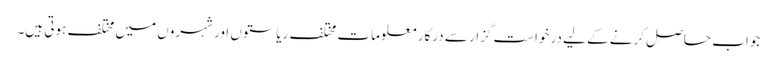
جواب حاصل کرنے کے لیے درخواست گزار سے درکار معلومات مختلف ریاستوں اور شہروں میں مختلف ہوتی ہیں۔